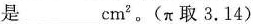
是\underline cm。(\pi取3.14)